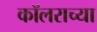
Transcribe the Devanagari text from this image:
कॉलराच्या